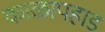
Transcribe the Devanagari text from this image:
काळापहाड